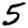
Digit: 5